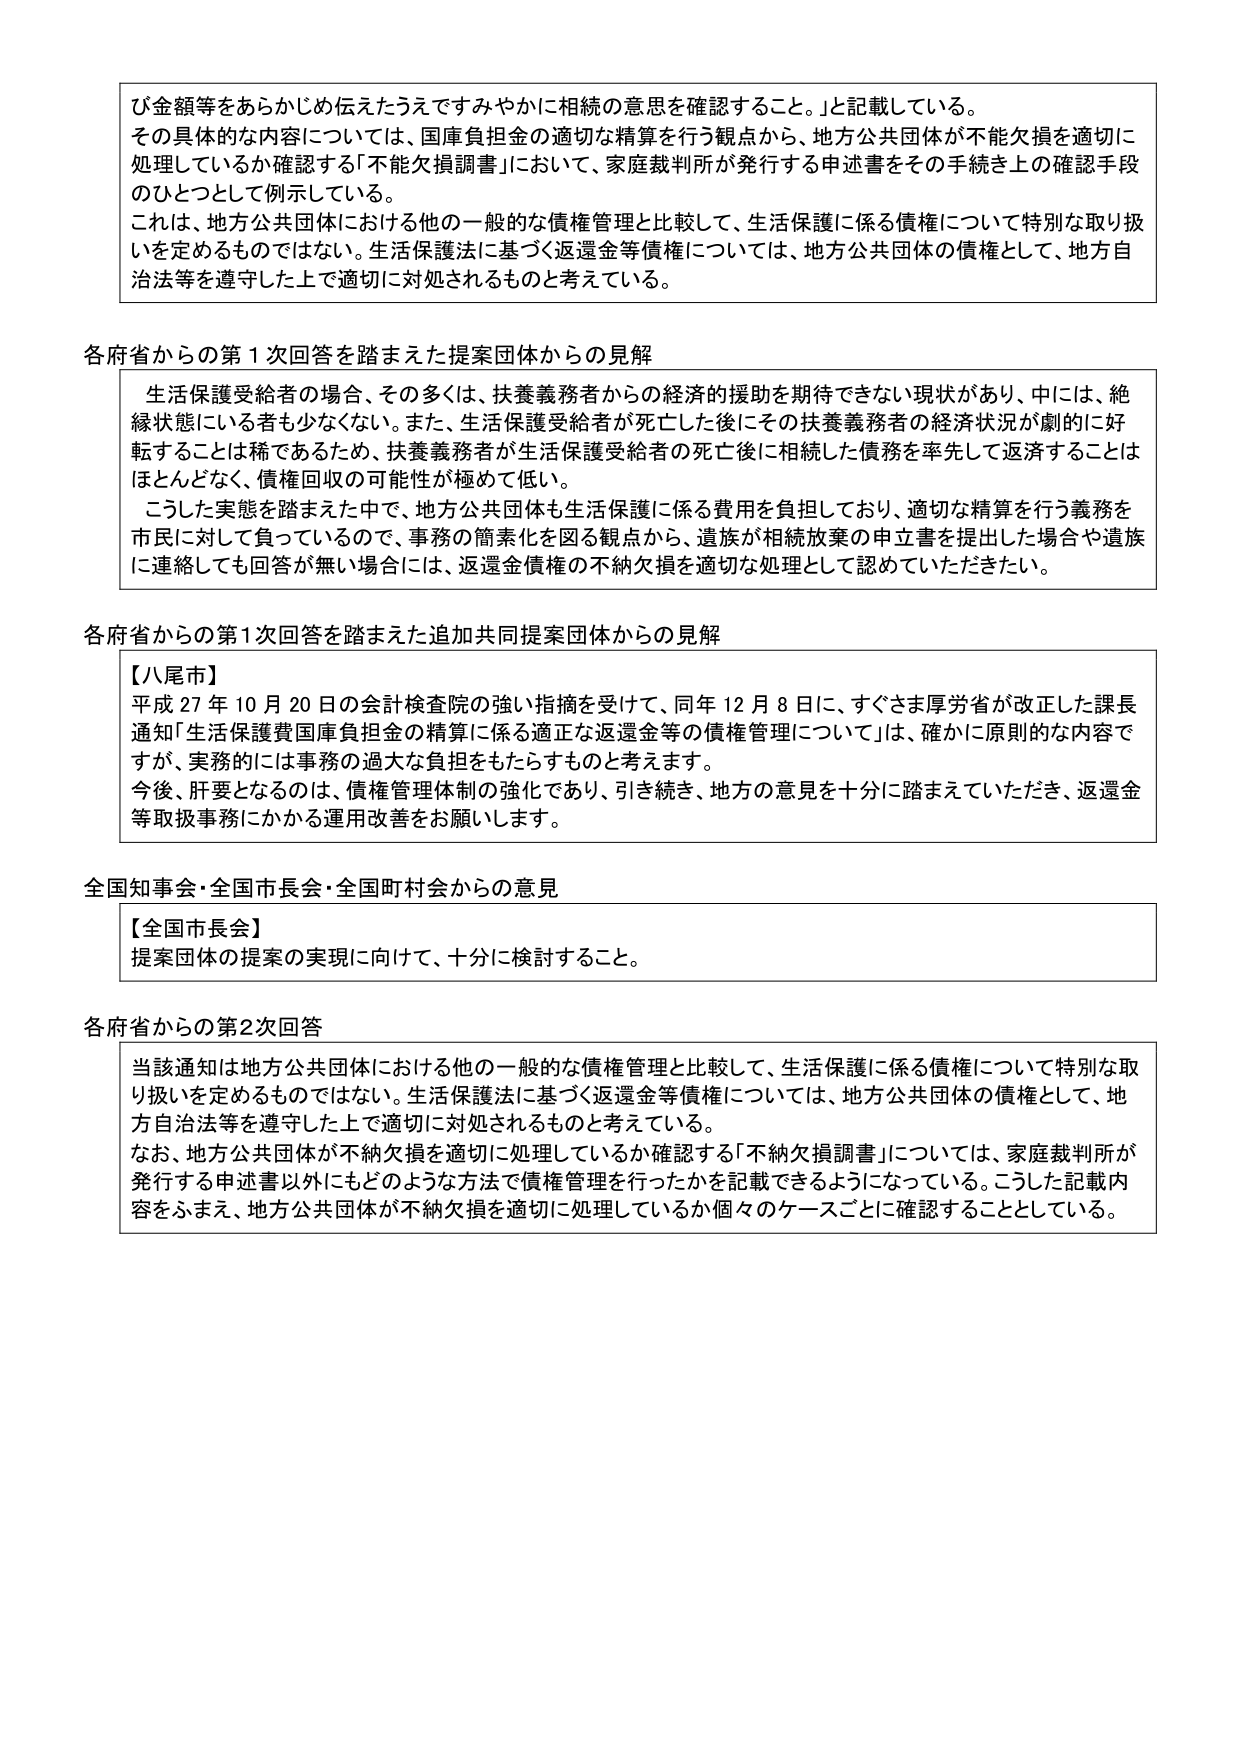
び金額等をあらかじめ伝えたうえですみやかに相続の意思を確認すること。」と記載している。
その具体的な内容については、国庫負担金の適切な精算を行う観点から、地方公共団体が不能欠損を適切に処理しているか確認する「不能欠損調書」において、家庭裁判所が発行する申述書をその手続き上の確認手段のひとつとして例示している。
これは、地方公共団体における他の一般的な債権管理と比較して、生活保護に係る債権について特別な取り扱いを定めるものではない。生活保護法に基づく返還金等債権については、地方公共団体の債権として、地方自治法等を遵守した上で適切に対処されるものと考えている。

各府省からの第1次回答を踏まえた提案団体からの見解
生活保護受給者の場合、その多くは、扶養義務者からの経済的援助を期待できない現状があり、中には、絶縁状態にいる者も少なくない。また、生活保護受給者が死亡した後にその扶養義務者の経済状況が劇的に好転することは稀であるため、扶養義務者が生活保護受給者の死亡後に相続した債務を率先して返済することはほとんどなく、債権回収の可能性が極めて低い。
こうした実態を踏まえた中で、地方公共団体も生活保護に係る費用を負担しており、適切な精算を行う義務を市民に対して負っているので、事務の簡素化を図る観点から、遺族が相続放棄の申立書を提出した場合や遺族に連絡しても回答が無い場合には、返還金債権の不納欠損を適切な処理として認めていただきたい。

各府省からの第1次回答を踏まえた追加共同提案団体からの見解
【八尾市】
平成27年10月20日の会計検査院の強い指摘を受けて、同年12月8日に、すぐさま厚労省が改正した課長通知「生活保護費国庫負担金の精算に係る適正な返還金等の債権管理について」は、確かに原則的な内容ですが、実務的には事務の過大な負担をもたらすものと考えます。
今後、肝要となるのは、債権管理体制の強化であり、引き続き、地方の意見を十分に踏まえていただき、返還金等取扱事務にかかる運用改善をお願いします。

全国知事会・全国市長会・全国町村会からの意見
【全国市長会】
提案団体の提案の実現に向けて、十分に検討すること。

各府省からの第2次回答
当該通知は地方公共団体における他の一般的な債権管理と比較して、生活保護に係る債権について特別な取り扱いを定めるものではない。生活保護法に基づく返還金等債権については、地方公共団体の債権として、地方自治法等を遵守した上で適切に対処されるものと考えている。
なお、地方公共団体が不納欠損を適切に処理しているか確認する「不納欠損調書」については、家庭裁判所が発行する申述書以外にもどのような方法で債権管理を行ったかを記載できるようになっている。こうした記載内容をふまえ、地方公共団体が不納欠損を適切に処理しているか個々のケースごとに確認することとしている。